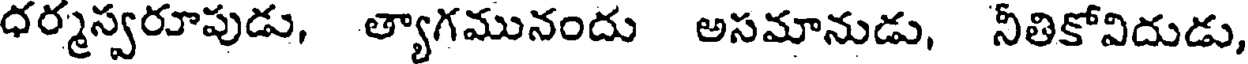
ధర్మస్వరూపుడు, త్యాగమునందు అసమానుడు, నీతికోవిదుడు,